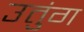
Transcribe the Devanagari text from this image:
उतुंग